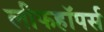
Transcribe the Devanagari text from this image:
लीफहॉपर्स